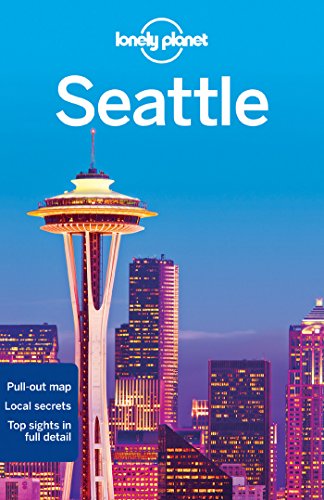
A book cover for Lonely Planet Seattle (Travel Guide); Lonely Planet; Travel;